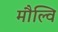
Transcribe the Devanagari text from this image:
मौल्वि